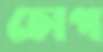
চোপ